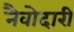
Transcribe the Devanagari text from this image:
नैवोदारी